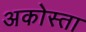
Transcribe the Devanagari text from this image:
अकोस्ता